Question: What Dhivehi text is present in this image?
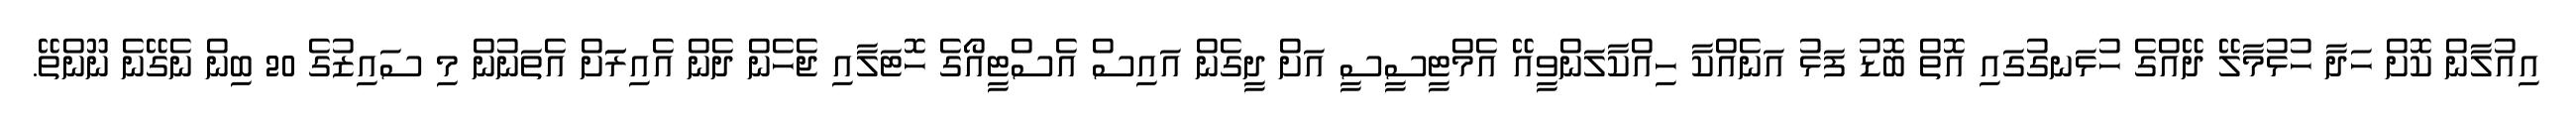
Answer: އިއުލާން ކޮށް ހަދާ ހުޅުމާލޭ ދޭއްގެ ހުޅަނގުގައި އޮތް ބޮޑު ފަޅު އަނެއްކާ ހިއްކާލަންވީއޭ އެމްޓީސީސީ އަށް ދީގެން އައިސް އެސްޓީއޯގެ ހޮޓަލާއި ޖެހެން ދެން އެއިރަަށް އެތަނުން މި ސައިޒުގެ 20 ބިން ނެގޭނެ ނޫންތޭ.